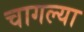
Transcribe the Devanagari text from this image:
चागल्या